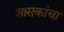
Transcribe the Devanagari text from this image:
शासकांचा